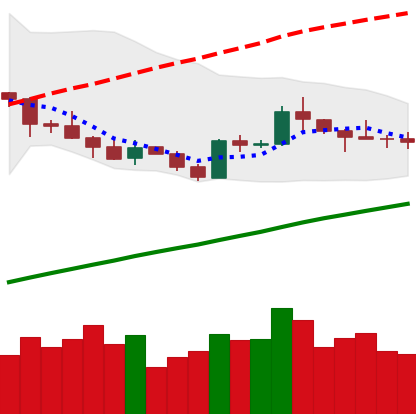
Ticker: LTC-USD
Chart end date: 2019-05-09
Forward return: 23.516%
Label: up_7plus